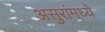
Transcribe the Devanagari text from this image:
असुरांमध्ये